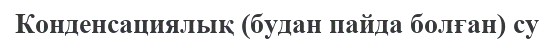
Конденсациялық (будан пайда болған) су